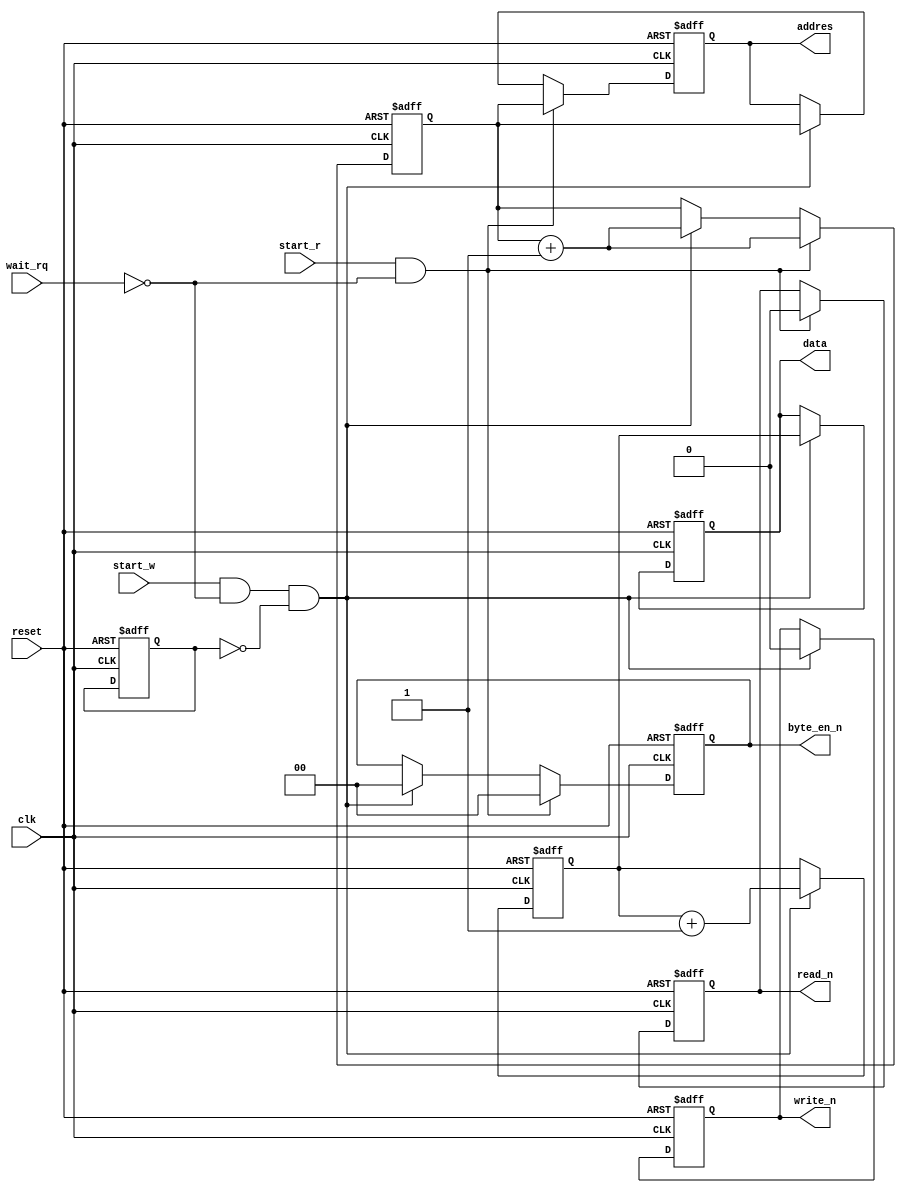
module sdram_logic(
	input wire clk,
	input wire reset,	
	input wire start_w,
	input wire start_r,
	
	input wire wait_rq,
	
	output reg [24:0]addres,
	output reg [1:0]byte_en_n,
	output reg [15:0]data,
	output reg read_n,
	output reg write_n
	);

reg [1:0] del;
reg [24:0] cnt_addr;
reg [15:0] cnt_data;
reg read;


always @(posedge clk or posedge reset)
	if(reset) 
	begin	
	
	addres <= 25'd0;
	data <= 16'd0;
	byte_en_n <= 2'd0;
	read_n <= 1;
	write_n <= 1;
	del <= 2'd1;

	cnt_addr <= 25'd0;
	cnt_data <= 16'd0;
	read <= 0;
		
	end 
	else begin
		
//		if((wait_rq)&&(del == 2'd2))
//		begin			
//			cnt_data <= cnt_data - 16'd1;
//			cnt_addr <= cnt_addr - 25'd1;
//			del <= 2'd1;
//		end		
//		else begin	
		
				
		
//				read_n <= 1;
//				write_n <= 1;
		
				if((start_w)&&(~wait_rq)&&(~read)) 
				begin				
								
					data <= cnt_data;
					addres <= cnt_addr;
				
					cnt_data <= cnt_data + 16'd1;
					cnt_addr <= cnt_addr + 25'd1;
					
					byte_en_n <= 2'd0;
					write_n <= 0;					
					del <= 2'd2;				
				end
				
				
//				if((cnt_addr == 128)&&(start_w))
//				begin
//					read <= 1;
//					cnt_addr <= 0;
//				end
//				
//				if((read == 1)&&(cnt_addr == 128))
//				begin
//					read <= 0;
//					cnt_addr <= 0;
//				end
				
				
				

				if((start_r)&&(~wait_rq)) 
				begin				
								
//					data <= cnt_data;
					addres <= cnt_addr;
				
//					cnt_data <= cnt_data + 16'd1;
					cnt_addr <= cnt_addr + 25'd1;
					
					byte_en_n <= 2'd0;
					read_n <= 0;					
					del <= 2'd2;
						
				end			
			
			
//		end //if((wait_rq)&&(del == 2'd2))
	end

endmodule